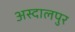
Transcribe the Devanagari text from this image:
अस्दालपुर